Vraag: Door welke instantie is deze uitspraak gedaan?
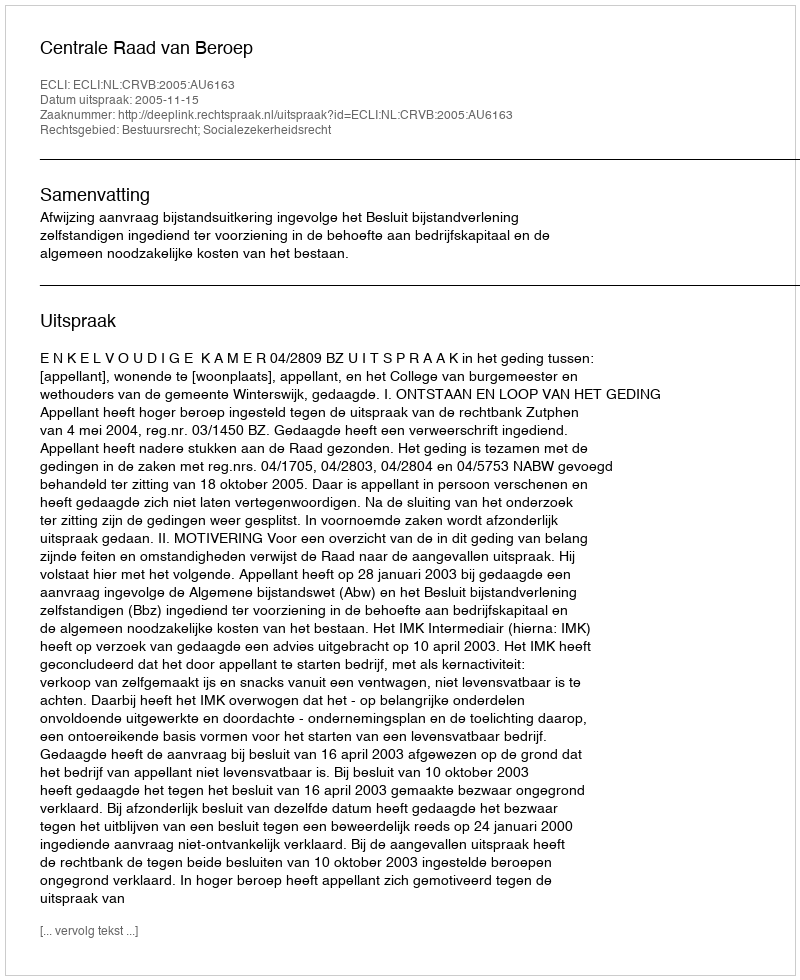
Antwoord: Centrale Raad van Beroep